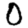
Digit: 0